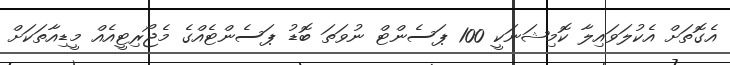
އެގޮތަށް އެކުލަވައިލާ ކޮމިޝަނަކީ 100 ޕަސެންޓް ނުވަތަ ބޮޑު ޕަސެންޓެއްގެ މެޖޯރިޓީއެއް މީޑިއާތަކަށް